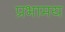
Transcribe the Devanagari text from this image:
प्रभामय